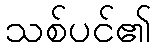
သစ်ပင်၏